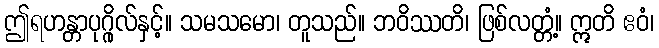
ဤရဟန္တာပုဂ္ဂိုလ်နှင့်။ သမသမော၊ တူသည်။ ဘဝိဿတိ၊ ဖြစ်လတ္တံ့။ ဣတိ ဧဝံ၊